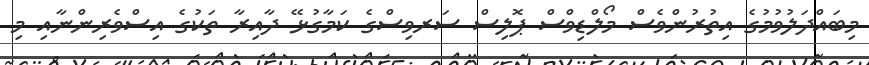
މިބައްދަލުވުމުގެ އިތުރުންވެސް މޯލްޑިވްސް ޕޮލިސް ސަރވިސްގެ ކަމާގުޅޭ ދާއިރާ ތަކުގެ އިސްވެރިންނާއި މި